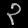
Digit: ၃